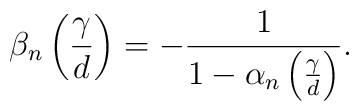
\beta_{n} \left( \frac{\gamma}{d} \right) = - \frac{1}{1- \alpha_{n}\left( \frac{\gamma}{d} \right)}.